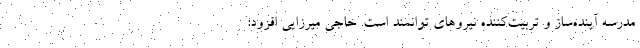
مدرسه آینده‌ساز و تربیت‌کننده نیروهای توانمند است. حاجی میرزایی افزود: